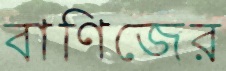
বাণিজের